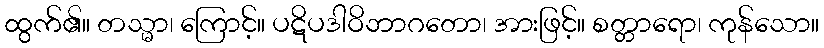
ထွက်၏။ တသ္မာ၊ ကြောင့်။ ပဋိပဒါဝိဘာဂတော၊ အားဖြင့်။ စတ္တာရော၊ ကုန်သော။